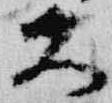
久